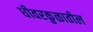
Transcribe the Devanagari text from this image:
धीवरकुळातील